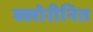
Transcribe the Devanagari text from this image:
क्लोरीनित